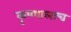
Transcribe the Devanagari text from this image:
कृष्णालाच